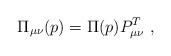
LaTeX: \begin{align*}\Pi_{\mu\nu}(p)=\Pi(p)P^T_{\mu\nu}\ ,\end{align*}